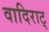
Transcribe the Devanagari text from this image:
वादिराट्